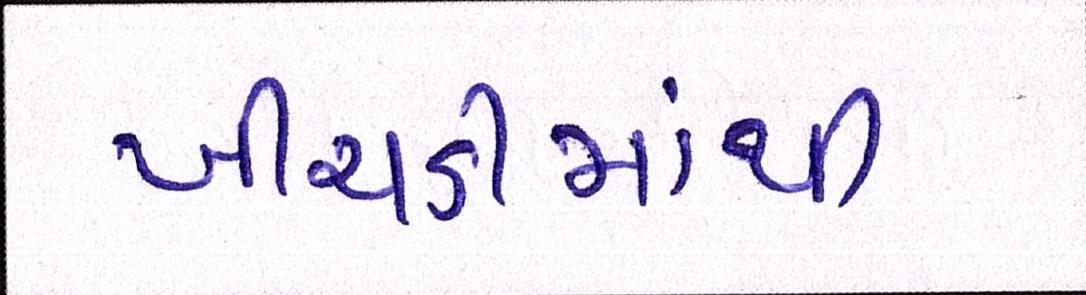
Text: ખીચડીમાંથી